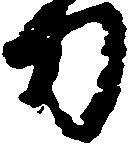
刀